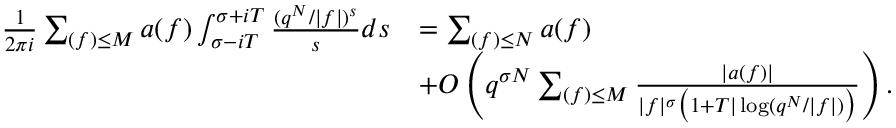
\begin{array} { r l } { \frac { 1 } { 2 \pi i } \sum _ { \d ( f ) \leq M } a ( f ) \int _ { \sigma - i T } ^ { \sigma + i T } \frac { ( q ^ { N } / | f | ) ^ { s } } { s } d s } & { = \sum _ { \d ( f ) \leq N } a ( f ) } \\ & { + O \left( q ^ { \sigma N } \sum _ { \d ( f ) \leq M } \frac { | a ( f ) | } { | f | ^ { \sigma } \big ( 1 + T | \log ( q ^ { N } / | f | ) \big ) } \right) . } \end{array}